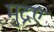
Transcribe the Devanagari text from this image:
मुद्रएं